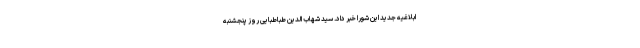
ابلاغیه جدید این شورا خبر داد. سید شهاب الدین طباطبایی روز پنجشنبه